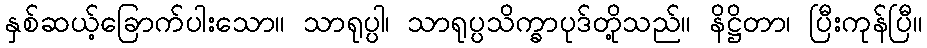
နှစ်ဆယ့်ခြောက်ပါးသော။ သာရုပ္ပါ၊ သာရုပ္ပသိက္ခာပုဒ်တို့သည်။ နိဋ္ဌိတာ၊ ပြီးကုန်ပြီ။